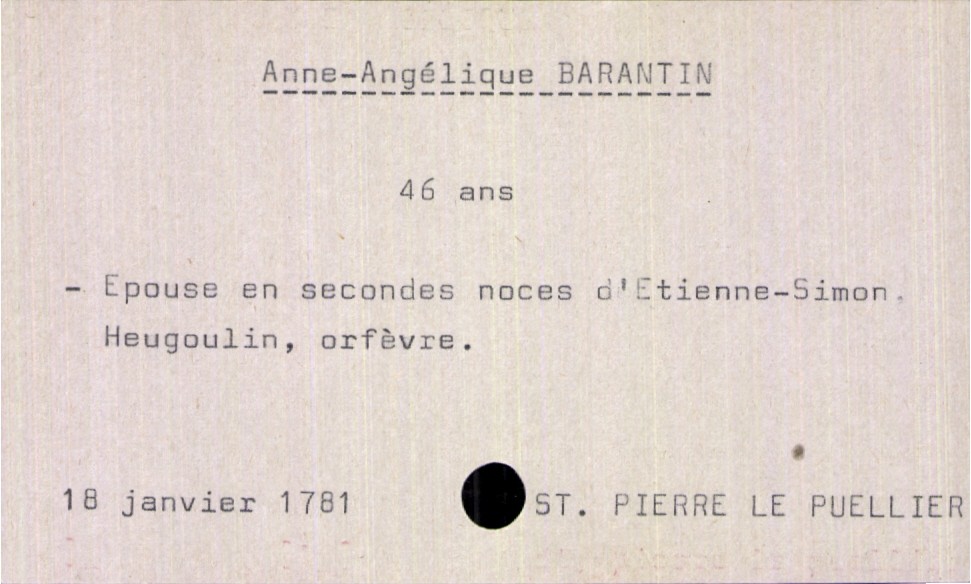
type_acte: Décès
année: 1781
mois: janvier
jour: 18
paroisse: Saint Pierre le Puellier
observations: épouse en seconde noce : pas le nom du premier mari
défunt_nom: Barantin
défunt_prénom: Anne-Angélique
défunt_sexe: F
défunt_âge: 46 ans
défunt_statut: marié(e)